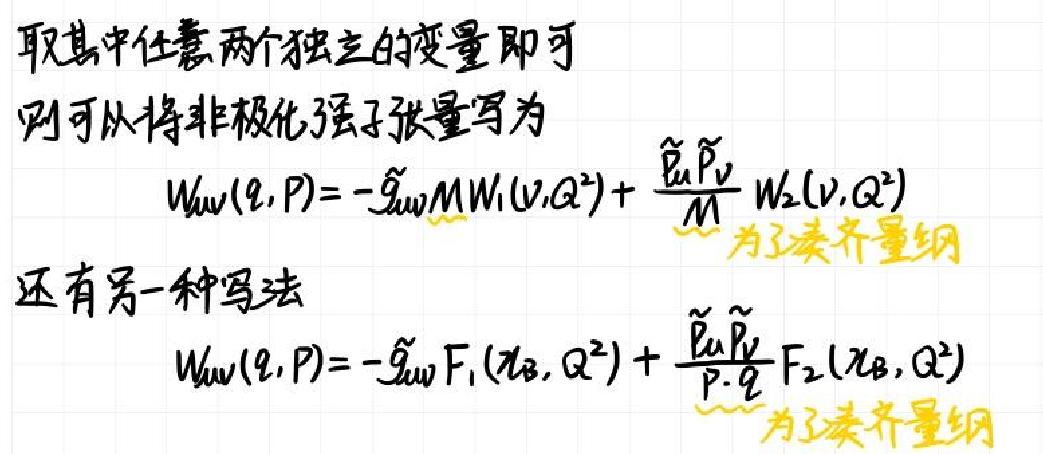
取其中任意两个独立的变量即可
则可以将非极化强子张量写为
\[
W_{\mu\nu}(q,P)=-\tilde{g}_{\mu\nu}MW_1(\nu,Q^2)+\frac{\tilde{P}_\mu\tilde{P}_\nu}{M}W_2(\nu,Q^2)
\]
为了凑齐量纲
还有另一种写法
\[
W_{\mu\nu}(q,P)=-\tilde{g}_{\mu\nu}F_1(x_B,Q^2)+\frac{\tilde{P}_\mu\tilde{P}_\nu}{P\cdot q}F_2(x_B,Q^2)
\]
为了凑齐量纲